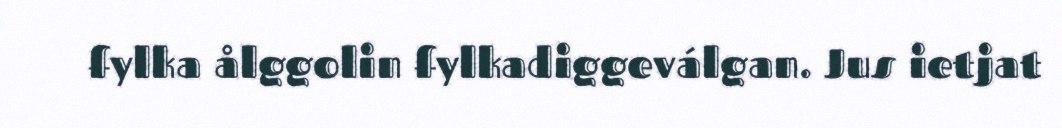
fylka ålggolin fylkadiggeválgan. Jus ietjat